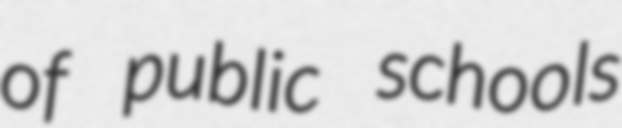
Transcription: of public schools